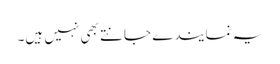
یہ نمایندے جانتے بھی نہیں ہیں۔